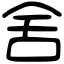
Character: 舍